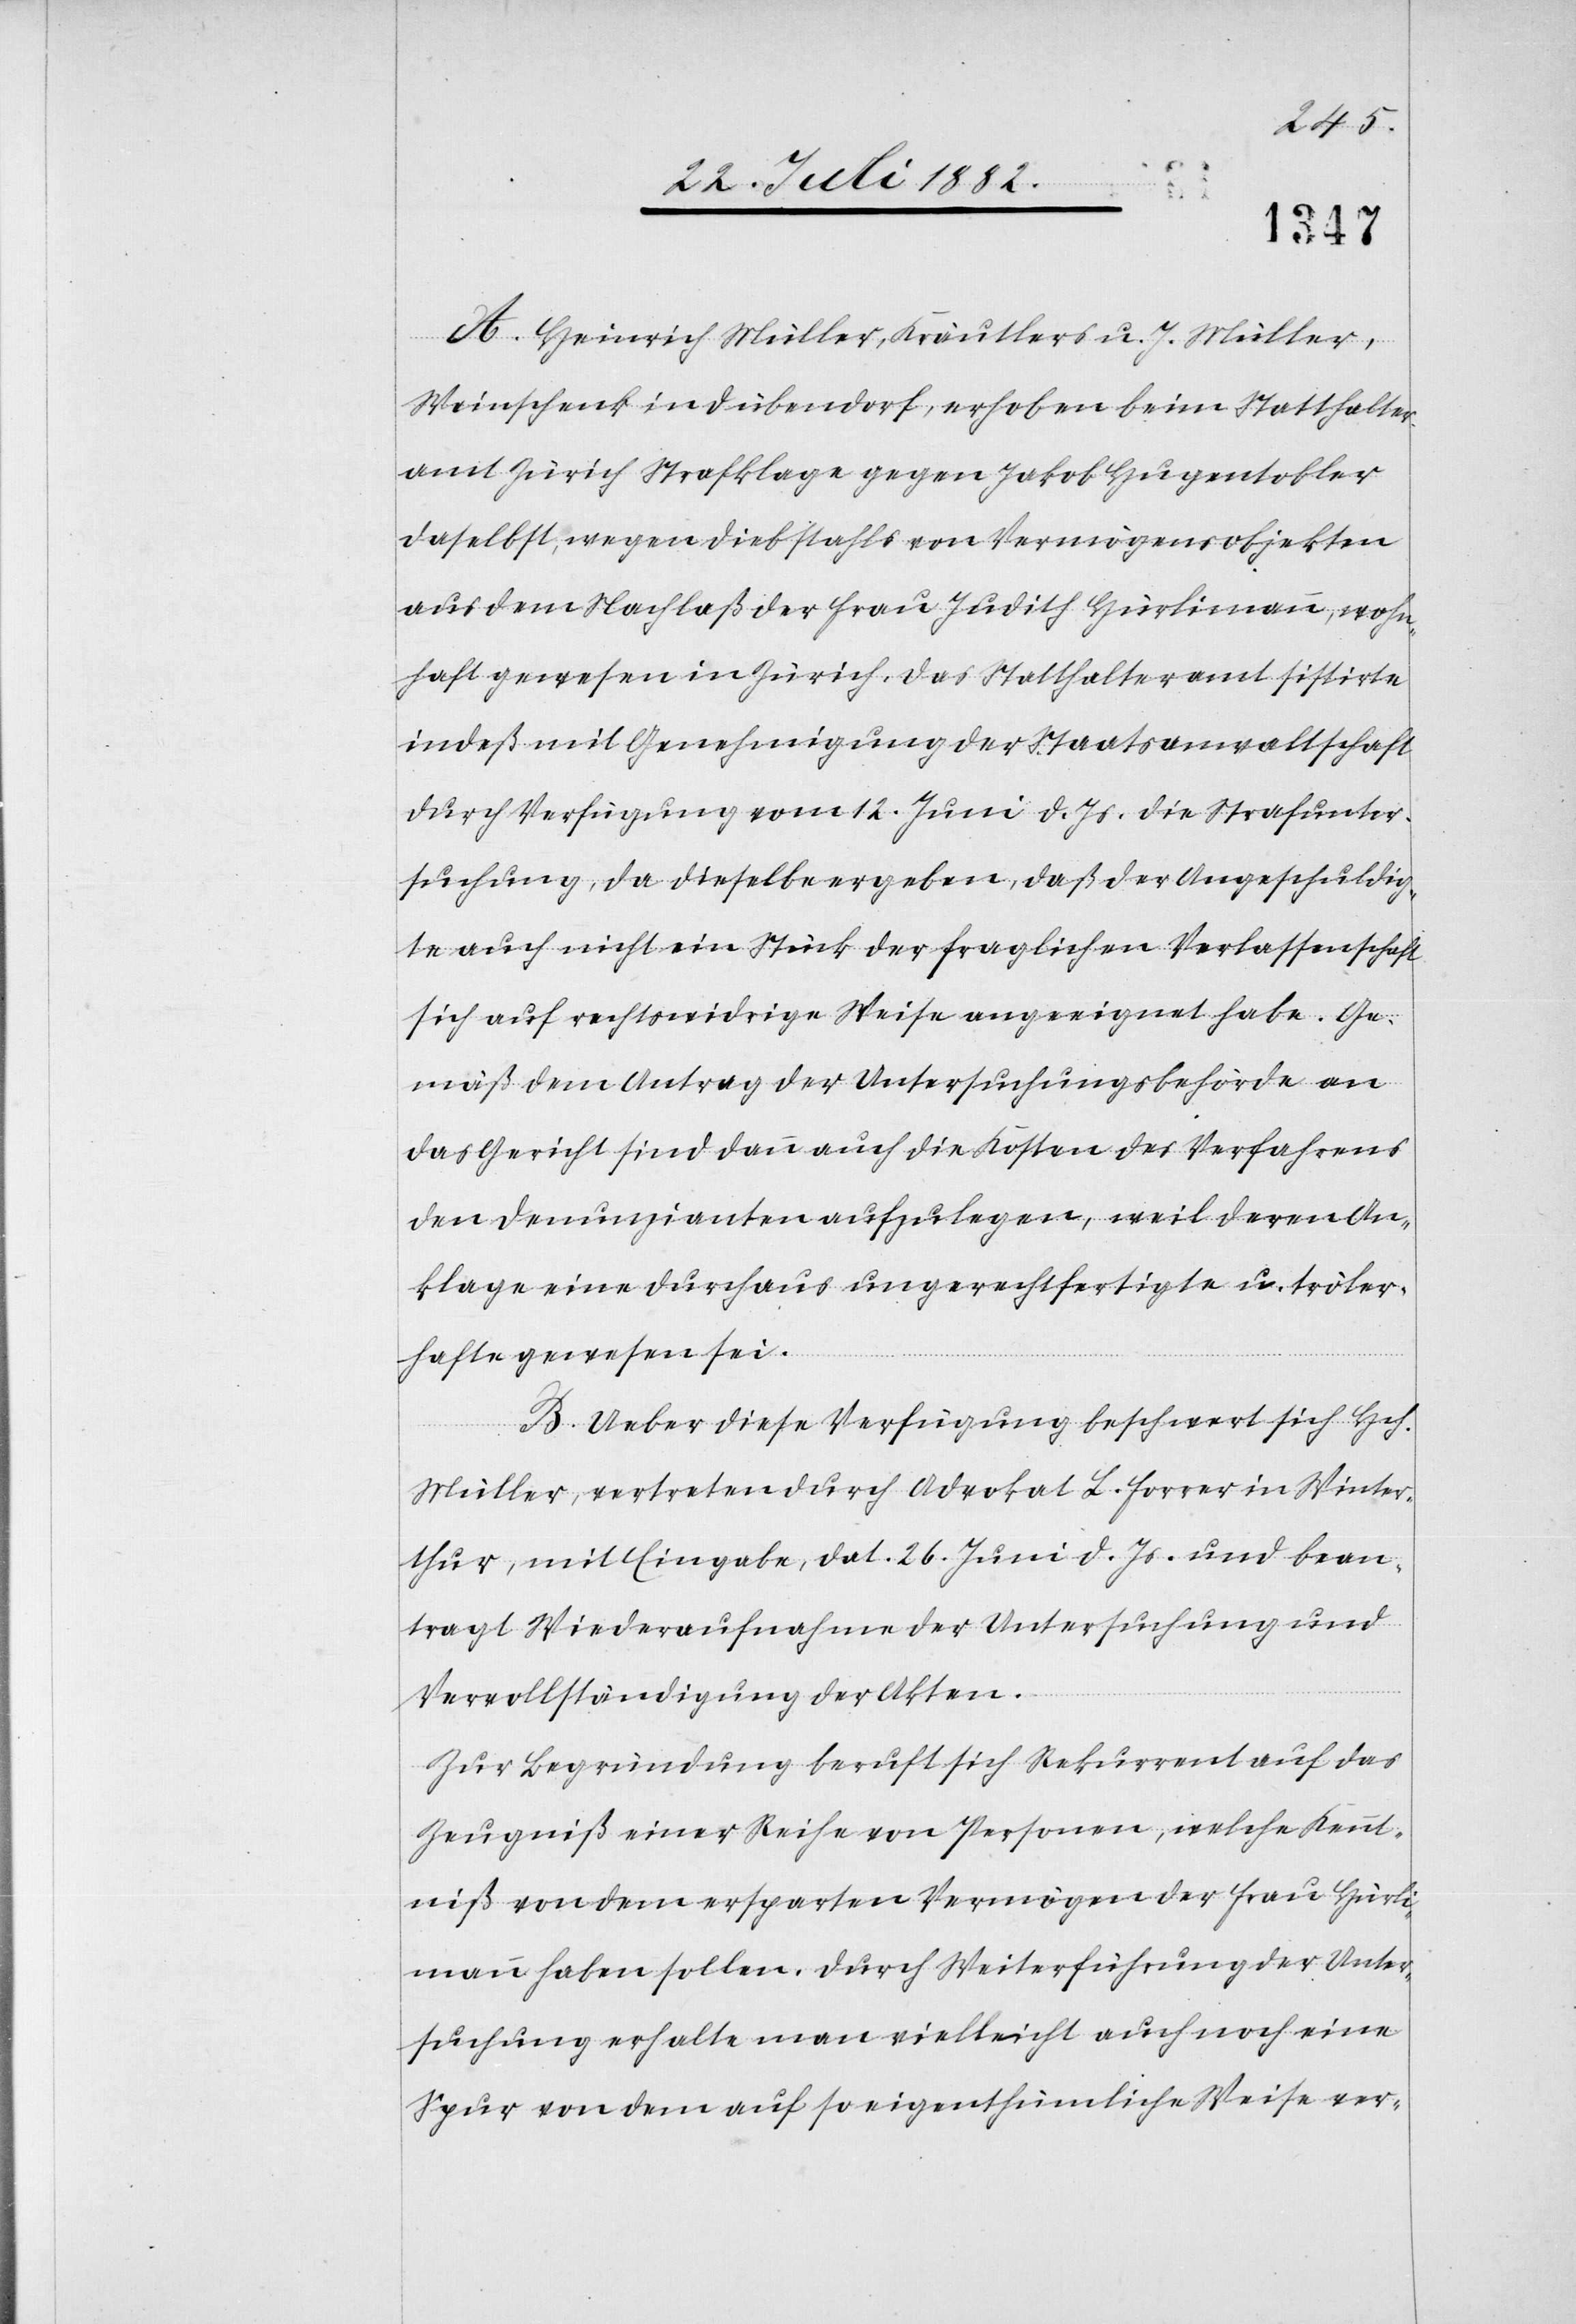
A. Heinrich Müller, Kräutler u. J. Müller,
Weinschenk in Dübendorf, erhoben beim Statthalter¬
amt Zürich Strafklage gegen Jakob Hugentobler
daselbst, wegen Diebstahls von Vermögensobjekten
aus dem Nachlaß der Frau Judith Hürlimann, wohn¬
haft gewesen in Zürich, das Statthalteramt sistirte
indeß mit Genehmigung der Staatsanwaltschaft
durch Verfügung vom 12. Juni d. Js. die Strafunter¬
suchung, da dieselbe ergeben, daß der Angeschuldig¬
te auch nicht ein Stück der fraglichen Verlassenschaft
sich auf rechtswidrige Weise angeeignet habe. Ge¬
mäß dem Antrag der Untersuchungsbehörde an
das Gericht sind dann auch die Kosten des Verfahrens
den Denunzianten aufzulegen, weil deren An¬
klage eine durchaus ungerechtfertigte u. tröler¬
hafte gewesen sei.
B. Ueber diese Verfügung beschwert sich Hch.
Müller, vertreten durch Advokat L. Forrer in Winter¬
thur, mit Eingabe, dat. 26. Juni d. Js. und bean¬
tragt Wiederaufnahme der Untersuchung und
Vervollständigung der Akten.
Zur Begründung beruft sich Rekurrent auf das
Zeugniß einer Reihe von Personen, welche Kennt¬
niß von dem ersparten Vermögen der Frau Hürli¬
mann haben sollen. Durch Weiterführung der Unter¬
suchung erhalte man vielleicht auch noch eine
Spur von dem auf so eigenthümliche Weise ver-